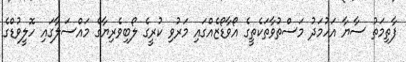
ފާތިމަތު ސާޔާ އަހުމަދު މަސްތުވާތަކެތީގެ އޯވާޑޯޒެއްގައި މަރުވި ކުރީގެ ލޯބިވެރިޔާގެ މައްސަލާގައި ހޮލީވުޑްގެ